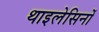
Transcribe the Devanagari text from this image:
थाइलेसिनों